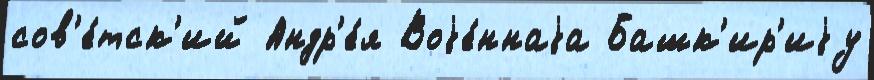
сов'е́тск'ий Андр'е́я Воjе́ннаjа Башк'ир'иjу